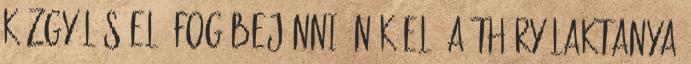
közgyűlés elé fog bejönni önök elé a Thúry laktanya